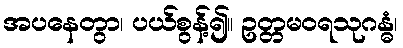
အပနေတွာ၊ ပယ်စွန့်၍။ ဥတ္တမဝရသုဂန္ဓံ၊